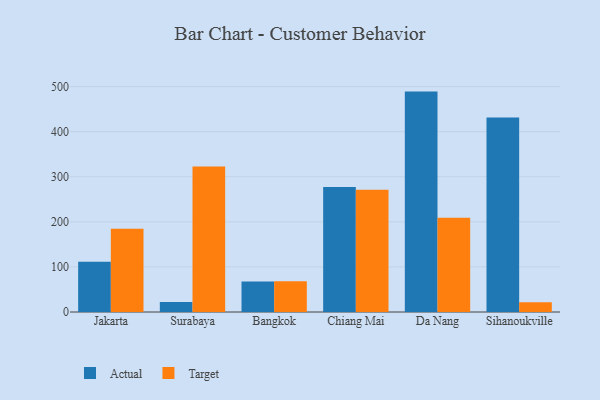
{"axis": {"x": "City", "y": "Temperature (°C)"}, "legend": ["Actual", "Target"], "data": [{"x": "Jakarta", "y": 111.5, "type": "Actual"}, {"x": "Jakarta", "y": 184.9, "type": "Target"}, {"x": "Surabaya", "y": 22.4, "type": "Actual"}, {"x": "Surabaya", "y": 322.9, "type": "Target"}, {"x": "Bangkok", "y": 67.8, "type": "Actual"}, {"x": "Bangkok", "y": 68.2, "type": "Target"}, {"x": "Chiang Mai", "y": 277.4, "type": "Actual"}, {"x": "Chiang Mai", "y": 271.1, "type": "Target"}, {"x": "Da Nang", "y": 488.9, "type": "Actual"}, {"x": "Da Nang", "y": 208.9, "type": "Target"}, {"x": "Sihanoukville", "y": 431.2, "type": "Actual"}, {"x": "Sihanoukville", "y": 21.7, "type": "Target"}]}